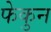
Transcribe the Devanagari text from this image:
फेकुन